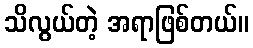
သိလွယ်တဲ့ အရာဖြစ်တယ်။